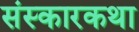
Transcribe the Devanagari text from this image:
संस्कारकथा